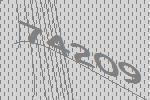
74209